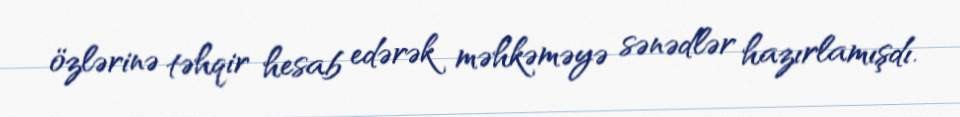
özlərinə təhqir hesab edərək məhkəməyə sənədlər hazırlamışdı.